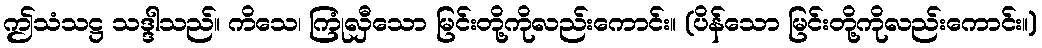
ဤသံသဋ္ဌ သဒ္ဒါသည်။ ကိသေ၊ ကြုံလှီသော မြင်းတို့ကိုလည်းကောင်း။ (ပိန်သော မြင်းတို့ကိုလည်းကောင်း။)